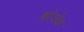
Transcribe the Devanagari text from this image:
ब्रोज़ेक